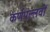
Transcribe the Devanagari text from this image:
कर्णपल्लवों